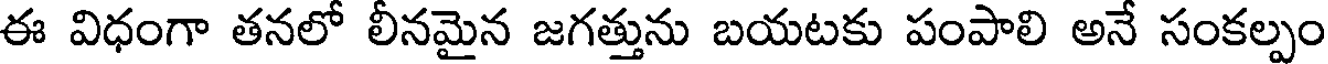
ఈ విధంగా తనలో లీనమైన జగత్తును బయటకు పంపాలి అనే సంకల్పం